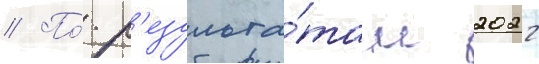
// По́ р'езульта́там 2022